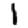
Digit: 1